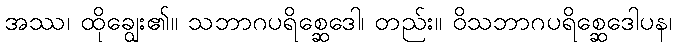
အဿ၊ ထိုချွေး၏။ သဘာဂပရိစ္ဆေဒေါ၊ တည်း။ ဝိသဘာဂပရိစ္ဆေဒေါပန၊